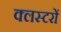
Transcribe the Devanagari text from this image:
क्लस्टरों